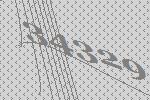
34329